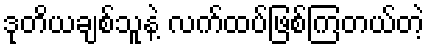
ဒုတိယချစ်သူနဲ့ လက်ထပ်ဖြစ်ကြတယ်တဲ့